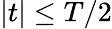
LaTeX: \vert t\vert\le T/2